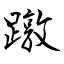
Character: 蹾